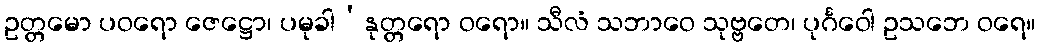
ဥတ္တမော ပဝရော ဇေဋ္ဌော၊ ပမုခါ’နုတ္တရော ဝရော။ သီလံ သဘာဝေ သုဗ္ဗတေ၊ ပုင်္ဂဝေါ ဥသဘေ ဝရေ။